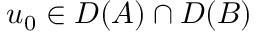
u _ { 0 } \in D ( A ) \cap D ( B )